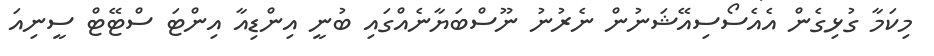
މިކަމާ ގުޅިގެން އެއެސޯސިއޭޝަނުން ނެރުނު ނޫސްބަޔާނެއްގައި ބުނީ އިންޑިއާ އިންޓަ ސްޓޭޓް ސީނިއަ